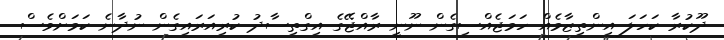
ދޫކުރާ ކަހަލަ އިންތިޒާމެއް ހަމަޖެއްސިގެން ނޫނީ ރާއްޖޭގެ އިގްތިސާދު ކުރިއަރައިގެން ނުދާނެ ކަމަށްވެސް